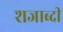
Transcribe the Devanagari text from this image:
शजाब्दी